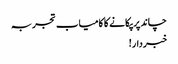
چاند پر پکانے کا کامیاب تجربہ
خبردار!